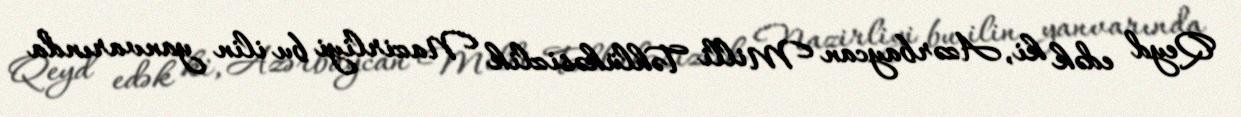
Qeyd edək ki, Azərbaycan Milli Təhlükəsizlik Nazirliyi bu ilin yanvarında